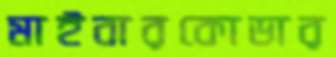
মাইবারকোডার